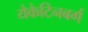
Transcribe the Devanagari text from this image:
येकेटिनबर्ग